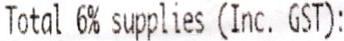
TOTAL 6% SUPPLIES (INC. GST):